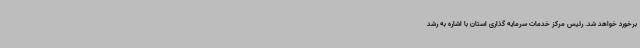
برخورد خواهد شد. رئیس مرکز خدمات سرمایه گذاری استان با اشاره به رشد